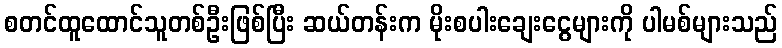
စတင်ထူထောင်သူတစ်ဦးဖြစ်ပြီး ဆယ်တန်းက မိုးစပါးချေးငွေများကို ပါမစ်များသည်